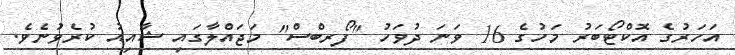
އަހަރުގެ އޮކްޓޯބަރު މަހުގެ 16 ވަނަ ދުވަހު "ފޯރބްސް" މަޖައްލާގައި ޝާއިއު ކުރެވުނެވެ.